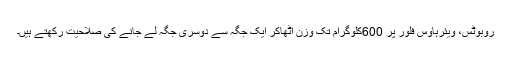
روبوٹس، ویئرہاؤس فلور پر 600کلوگرام تک وزن اُٹھاکر ایک جگہ سے دوسری جگہ لے جانے کی صلاحیت رکھتے ہیں۔